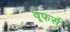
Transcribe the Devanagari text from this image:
वूफर्स